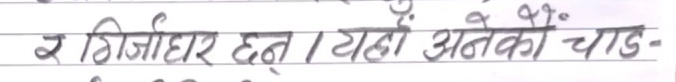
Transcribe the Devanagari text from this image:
र गिर्जाघर छन्। यहाँ अनेकौ चाड-